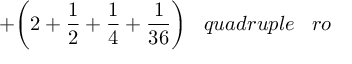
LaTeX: + { \bigg ( } 2 + { \frac { 1 } { 2 } } + { \frac { 1 } { 4 } } + { \frac { 1 } { 3 6 } } { \bigg ) } \; \; \; q u a d r u p l e \; \; \; r o